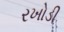
રખોડી